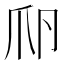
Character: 𤓲